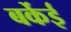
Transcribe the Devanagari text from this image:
बर्केई